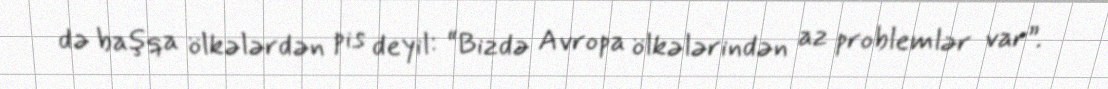
də başqa ölkələrdən pis deyil: “Bizdə Avropa ölkələrindən az problemlər var”.